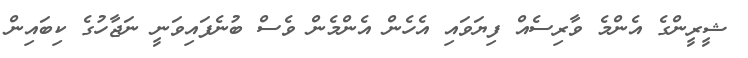
ޝީރީންގެ އެންމެ ވާރިސެއް ފިޔަވައި އެހެން އެންމެން ވެސް ބުނެފައިވަނީ ނަޖާހުގެ ކިބައިން